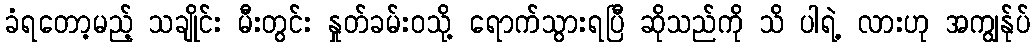
ခံရတော့မည့် သချိုင်း မီးတွင်း နှုတ်ခမ်းဝသို့ ရောက်သွားရပြီ ဆိုသည်ကို သိ ပါရဲ့ လားဟု အကျွန်ုပ်